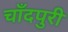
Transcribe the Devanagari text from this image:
चाँदपुरी